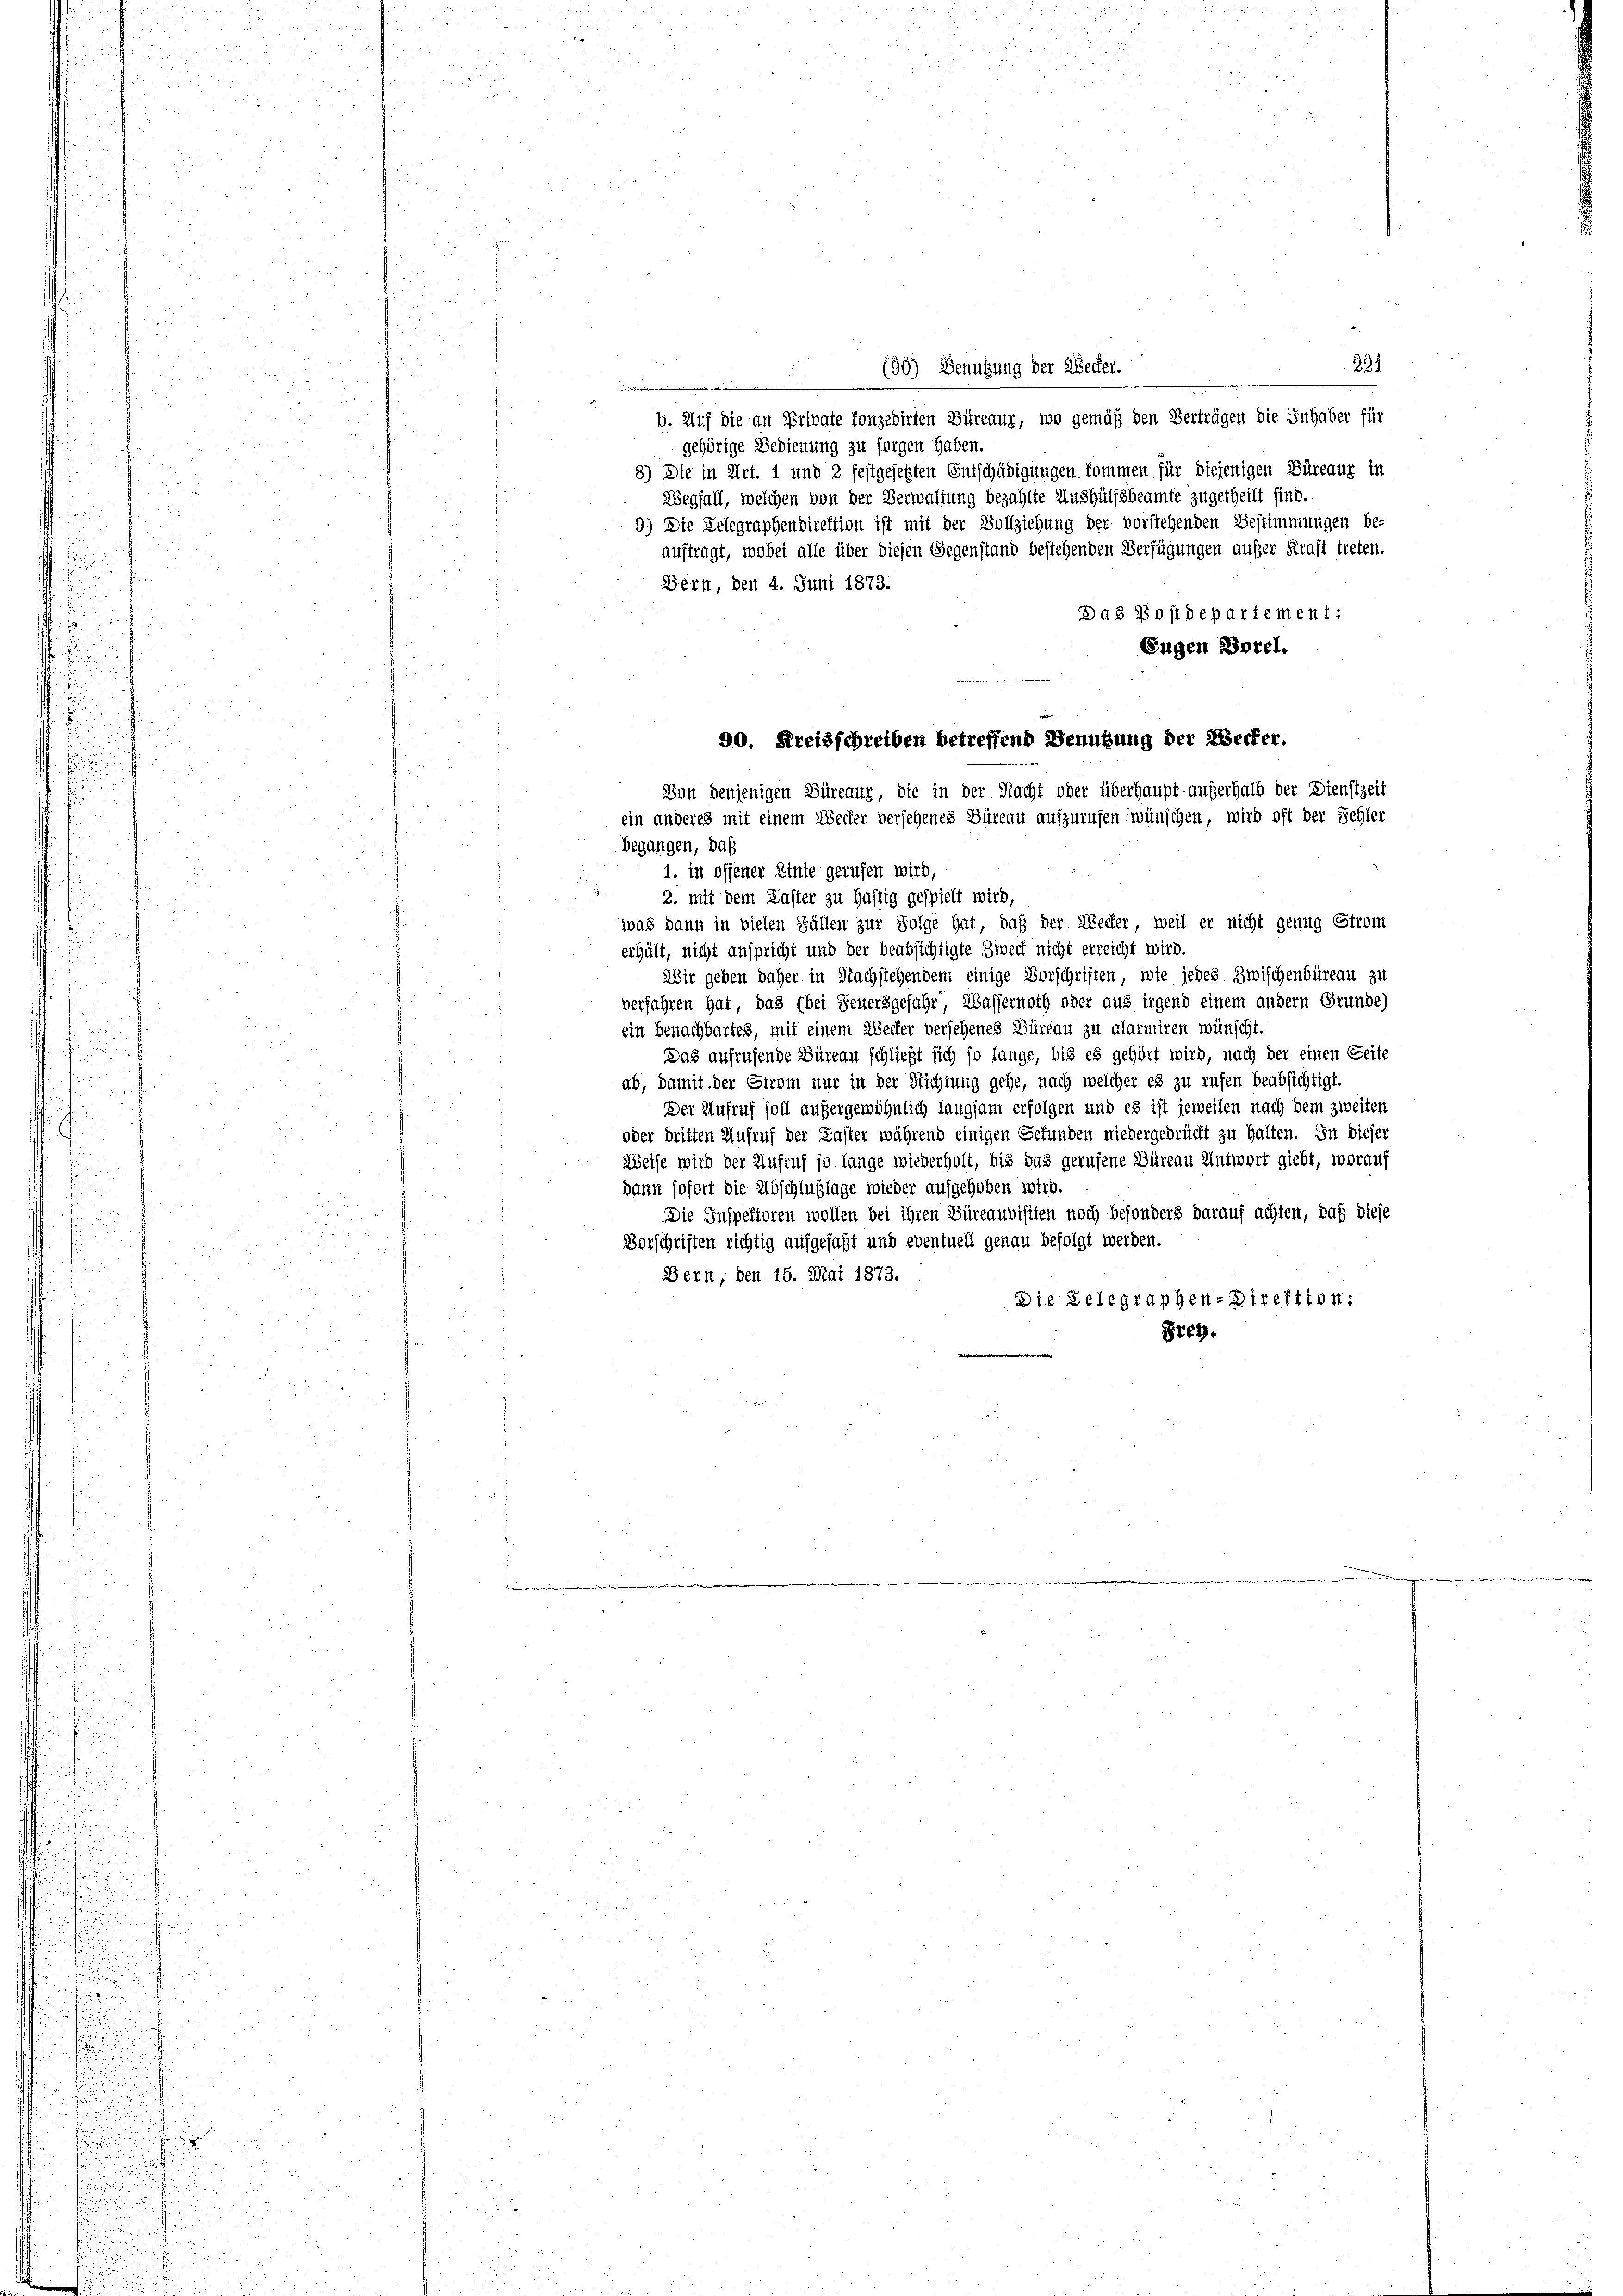
221
(90) Benutzung der Wecker.
b. Auf die an Private fonzedirten Büreaux, wo gemäß den Verträgen die Inhaber für
gehörige Bedienung zu sorgen haben.
8) Die in Art. 1 und 2 festgesetzten Entschädigungen kommen für diejenigen Büreaux in
Wegfall, welchen von der Verwaltung bezahlte Aushülfsbeamte zugetheilt sind.
9) Die Relegraphendirektion ist mit der Vollziehung der vorstehenden Bestimmungen be-
auftragt, wobei alle über diesen Gegenstand bestehenden Verfügungen außer Kraft treten.
Dern, den 4. Juni 1873:
Das Postdepartement:
Eugen Borel,
Von denjenigen Büreaur, die in der Nacht oder überhaupt außerhalb der Dienstzeit
ein anderes mit einem Wecker versehenes Büreau aufzurufen wünschen, wird oft der Sehler
begangen, daß
1. in offener Linie gerufen wird,
2. mit dem Kaster zu haftig gespielt wird,
was dann in vielen Fällen zur Folge hat, daß der Wecker, weil er nicht genug Strom
erhält, nicht anspricht und der beabsichtigte Zweck nicht erreicht wird.
Wir geben daher in Nachstehendem einige Vorschriften, wie jedes Zwischenbüreau zu
verfahren hat, das (bei Feuersgefahr, Wassernoth oder aus irgend einem andern Grunde)
ein Benachbartes, mit einem Wecker versehenes Büreau zu alarmiren wünscht.
Das aufrufende Büreau schließt sich so lange, bis es gehört wird, nach der einen Seite
ab, damit der Strom nur in der Richtung gehe, nach welcher es zu rufen beabsichtigt.
Der Aufruf soll außergewöhnlich langsam erfolgen und es ist jeweilen nach dem zweiten
oder dritten Aufruf der Kaster während einigen Gefunden niedergedrückt zu halten. In dieser
Weise wird der Aufruf so lange wiederholt, bis das gerufene Büreau Antwort giebt, worauf
kann sofort die Abschlußlage wieder aufgehoben wird.
Die Inspektoren wollen bei ihren Büreaunisiten noch besonders darauf achten, daß diese
Vorschriften richtig aufgefaßt und eventuell genau befolgt werden.
Bern, den 15. Mai 1873.
Die Belegraphen-Direktion:
Frey.

90. Kreisschreiben betreffend Benutzung der Wecker.